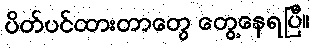
ပိတ်ပင်ထားတာတွေ တွေ့နေရပြီ။